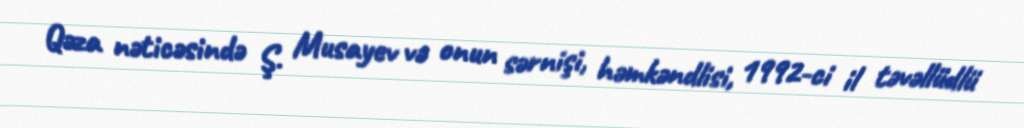
Qəza nəticəsində Ş. Musayev və onun sərnişi, həmkəndlisi, 1992-ci il təvəllüdlü